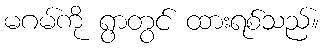
မဂမ်ကို ရွာတွင် ထားရစ်သည်။